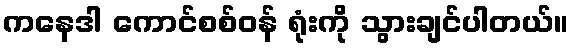
ကနေဒါ ကောင်စစ်ဝန် ရုံးကို သွားချင်ပါတယ်။